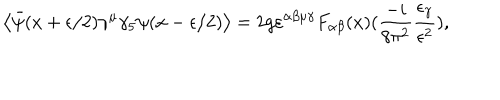
\left\langle \bar { \psi } ( x + \epsilon / 2 ) \gamma ^ { \mu } \gamma _ { 5 } \psi ( x - \epsilon / 2 ) \right\rangle = 2 g \varepsilon ^ { \alpha \beta \mu \gamma } F _ { \alpha \beta } ( x ) ( \frac { - i } { 8 \pi ^ { 2 } } \frac { \epsilon _ { \gamma } } { \epsilon ^ { 2 } } ) ,